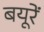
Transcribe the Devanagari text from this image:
बयूरें